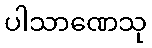
ပါသာဏေသု